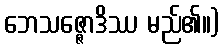
ဘေသဇ္ဇောဒိဿ မည်၏။)